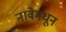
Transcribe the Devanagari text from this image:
नावेमधून